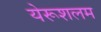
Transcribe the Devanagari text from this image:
येरूशलम